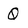
Character: Q